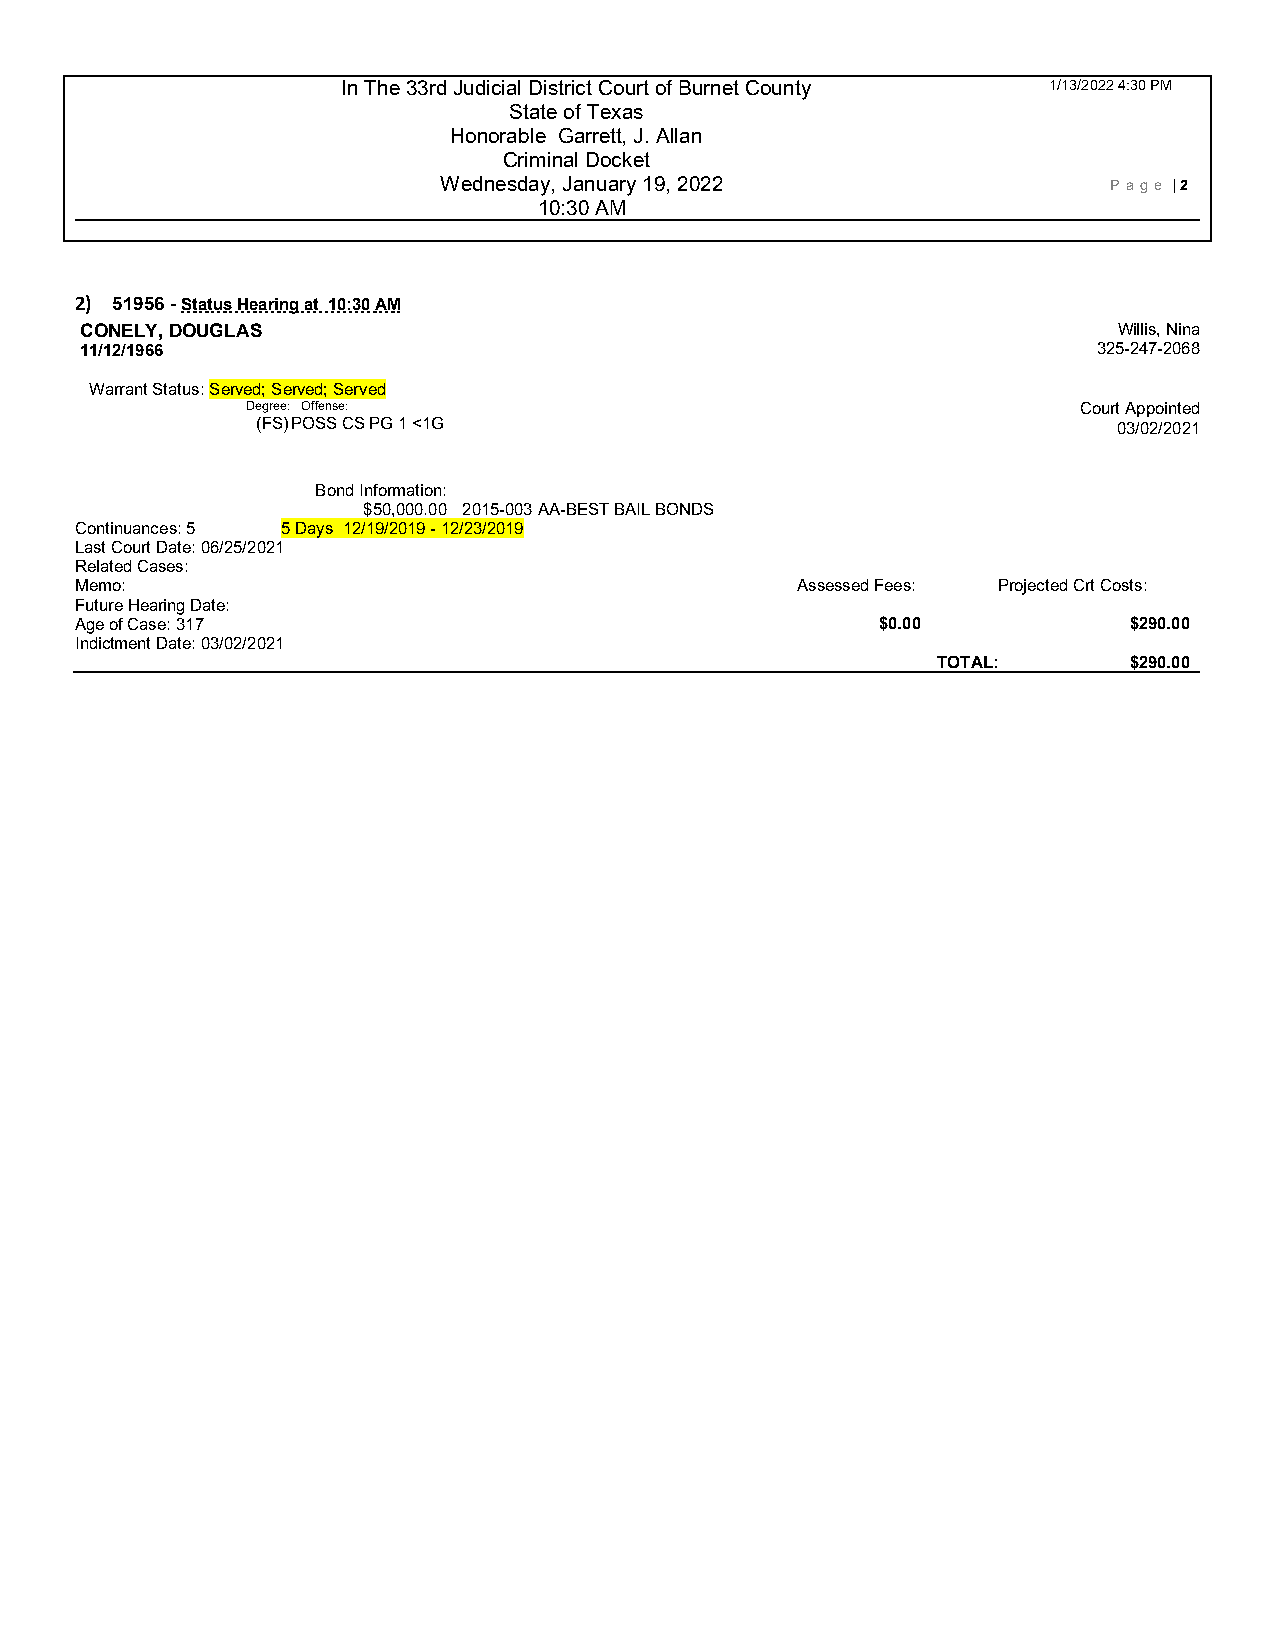
In The 33rd Judicial District Court of Burnet County 1/13/2022 4:30 PM
 State of Texas
 Honorable Garrett, J. Allan
 Criminal Docket
 Wednesday, January 19, 2022                 P age | 2
 10:30 AM
 2) 51956 - Status Hearing at 10:30 AM
 CONELY, DOUGLAS                                                      Willis, Nina
 11/12/1966                                                          325-247-2068
 Warrant Status: Served; Served; Served
 Degree: Offense:                                       Court Appointed
 (FS) POSS CS PG 1 <1G                                    03/02/2021
 Bond Information:
 $50,000.00 2015-003 AA-BEST BAIL BONDS
 Continuances: 5 5 Days 12/19/2019 - 12 /23/2019
 Last Court Date: 06/25/2021
 Related Cases:
 Memo:                                           Assessed Fees: Projected Crt Costs:
 Future Hearing Date:
 Age of Case: 317                                     $0.00            $290.00
 Indictment Date: 03/02/2021
 TOTAL:       $290.00